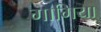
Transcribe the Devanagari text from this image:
गागिया